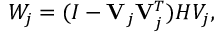
W _ { j } = ( I - \mathbf { V } _ { j } \mathbf { V } _ { j } ^ { T } ) H V _ { j } ,